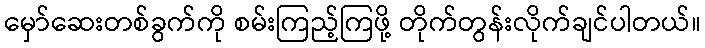
မှော်ဆေးတစ်ခွက်ကို စမ်းကြည့်ကြဖို့ တိုက်တွန်းလိုက်ချင်ပါတယ်။